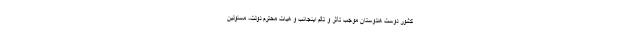
کشور دوست هندوستان موجب تأثر و تألم اینجانب و هیات محترم دولت، مسئولین